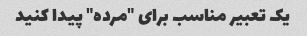
یک تعبیر مناسب برای "مرده" پیدا کنید